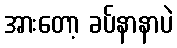
အားတော့ ခပ်နာနာပဲ